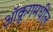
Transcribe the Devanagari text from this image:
ऑक्रूगमधील